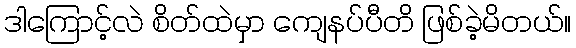
ဒါကြောင့်လဲ စိတ်ထဲမှာ ကျေနပ်ပီတိ ဖြစ်ခဲ့မိတယ်။